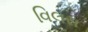
વિલસ